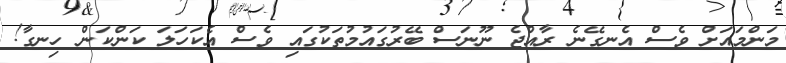
މަންމައަށް ވެސް އެނގޭނެ ރާއްޖެ ނޫނަސް ބޭރުގައުމުތަކުގައި ވެސް އެކަހަލަ ކަންކަން ހިނގާ!